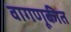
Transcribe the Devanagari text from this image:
वागणूकीत